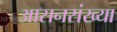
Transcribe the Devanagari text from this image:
आसनसंख्या